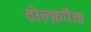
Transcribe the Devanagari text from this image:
वोल्फ़पैक